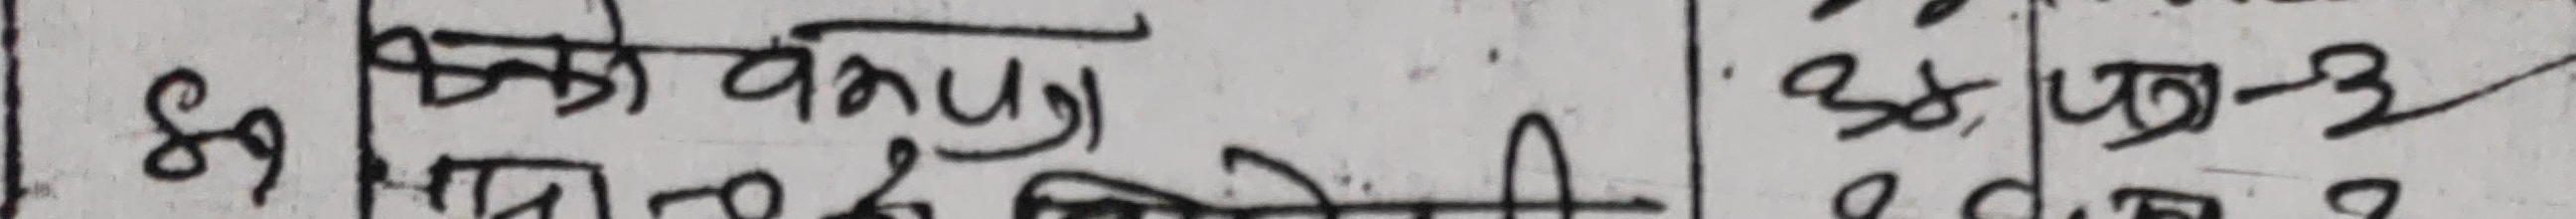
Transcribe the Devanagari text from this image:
सोको वंगपा
प्रत २२ प्रति